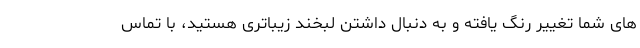
های شما تغییر رنگ یافته و به دنبال داشتن لبخند زیباتری هستید، با تماس